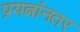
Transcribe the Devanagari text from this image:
प्रयत्नांनतर